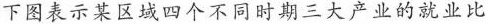
下图表示某区域四个不同时期三大产业的就业比